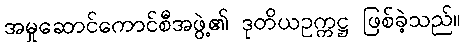
အမှုဆောင်ကောင်စီအဖွဲ့၏ ဒုတိယဥက္ကဋ္ဌ ဖြစ်ခဲ့သည်။